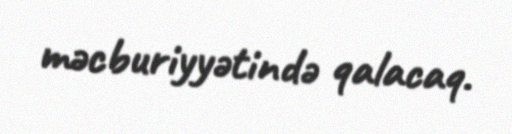
məcburiyyətində qalacaq.